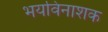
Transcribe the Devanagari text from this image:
भयविनाशक